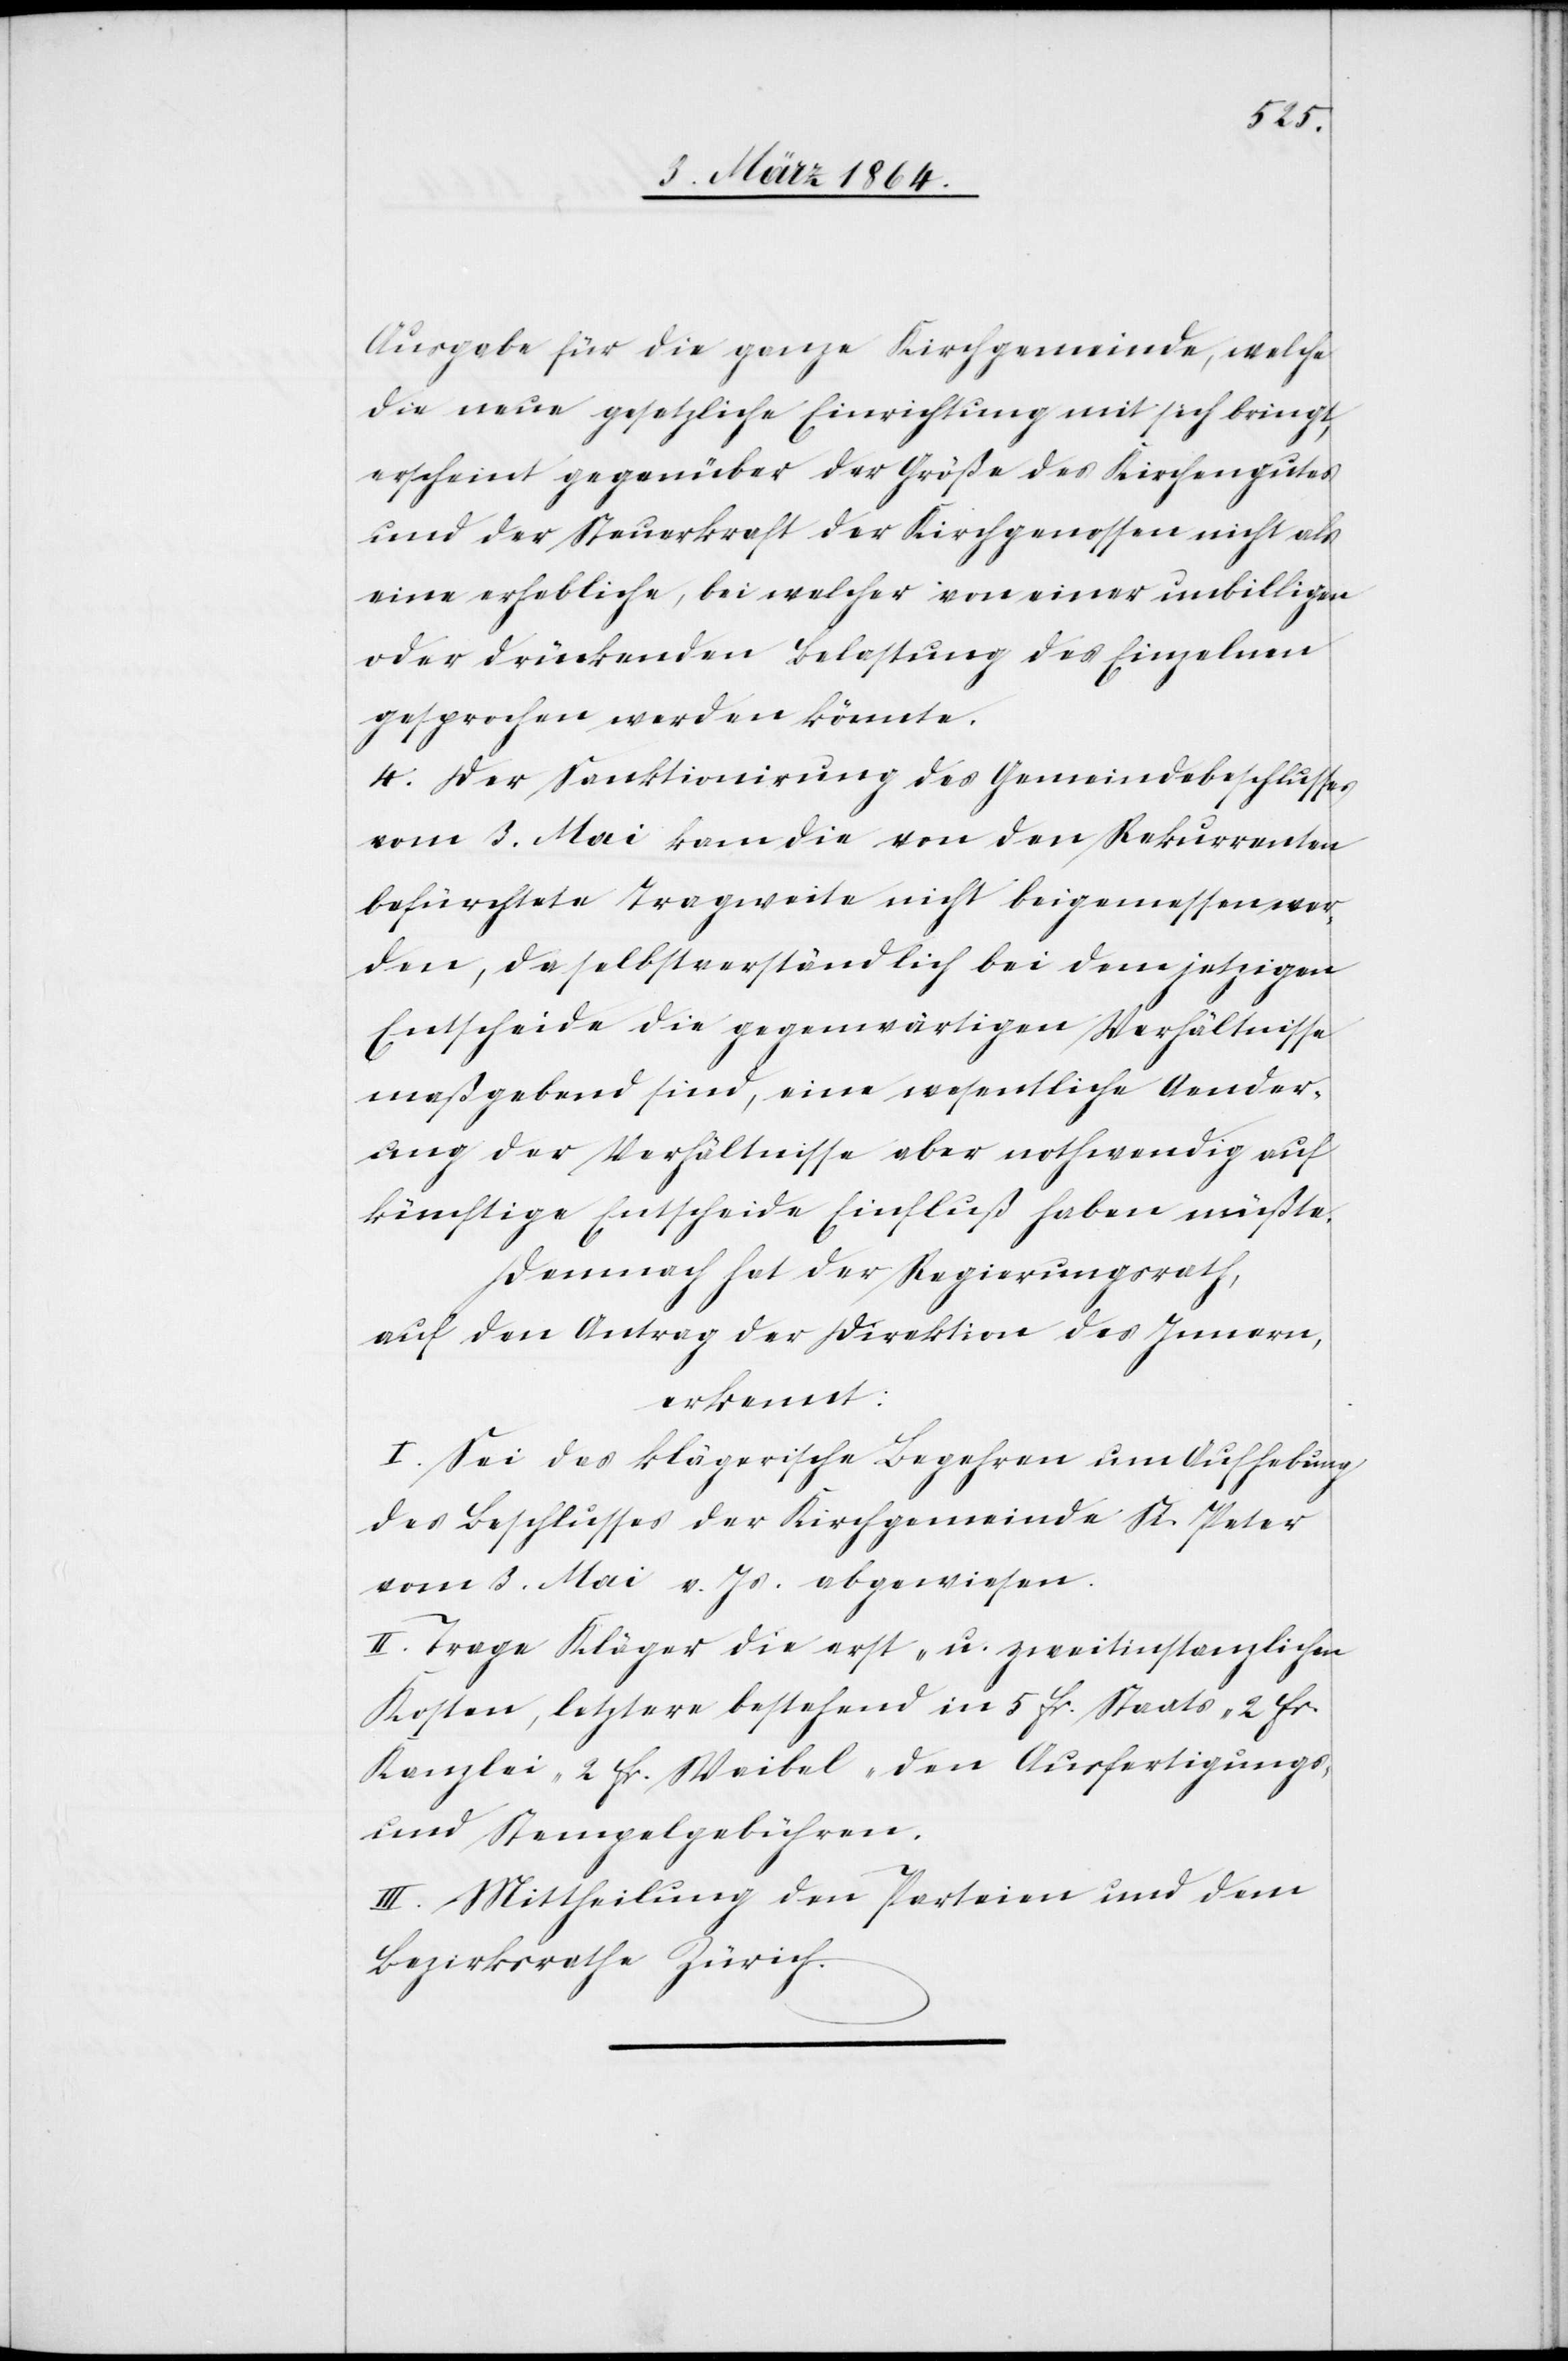
Ausgabe für die ganze Kirchgemeinde, welche
die neue gesetzliche Einrichtung mit sich bringt,
erscheint gegenüber der Größe des Kirchengutes
und der Steuerkraft der Kirchgenossen nicht als
eine erhebliche, bei welcher von einer unbilligen
oder drückenden Belastung des Einzelnen
gesprochen werden könnte.
4. Der Sanktionirung des Gemeindebeschlusses
vom 3. Mai kam die von den Rekurrenten
befürchtete Tragweite nicht beigemessen wer¬
den, da selbstverständlich bei dem jetzigen
Entscheide die gegenwärtigen Verhältnisse
maßgebend sind, eine wesentliche Aender¬
ung der Verhältnisse aber nothwendig auf
künftige Entscheide Einfluß haben müßte.
Demnach hat der Regierungsrath,
auf den Antrag der Direktion des Innern,
erkannt:
I. Sei das klägerische Begehren um Aufhebung
des Beschlusses der Kirchgemeinde St. Peter
vom 3. Mai v. Js. abgewiesen.
II. Trage Kläger die erst- u. zweitinstanzlichen
Kosten, letztere bestehend in 5 fr. Staats- 2 fr
Kanzlei- 2 fr Weibel- den Ausfertigungs-
und Stempelgebühren.
III. Mittheilung den Parteien und dem
Bezirksrathe Zürich.